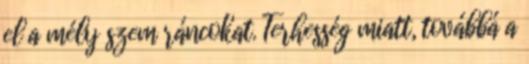
el a mély szem ráncokat. Terhesség miatt, továbbá a